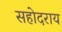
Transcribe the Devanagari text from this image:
सहोदराय